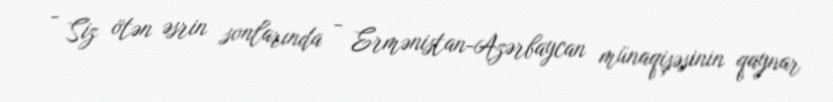
- Siz ötən əsrin sonlarında - Ermənistan-Azərbaycan münaqişəsinin qaynar